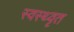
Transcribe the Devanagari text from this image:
स्वस्थ्वृत